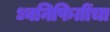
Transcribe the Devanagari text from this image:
ध्वनिफितींचा